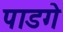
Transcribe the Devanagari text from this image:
पाडगे